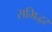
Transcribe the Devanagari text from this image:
समिद्धर